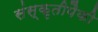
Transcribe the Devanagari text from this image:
संस्कृतीपैकी